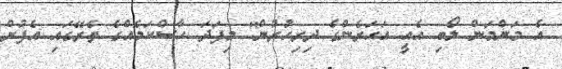
އެ މަންމަން ލޯބި އެއީ އަހަރެންގެ ދިރިހުރުން'' މިފަދަ ހާސްކަމެއްގެ ތެރޭގައި އެފުށް